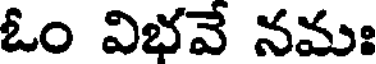
ఓం విభవే నమః